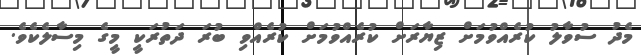
މެދު ސުވާލު ކުރެއްވުމަށް ޒިޔާރަށް ކުރެއްވުމަށް ކުރެއްވި ބުރަ ދަތުރަކީ މީގެ މިސާލެކެވެ.